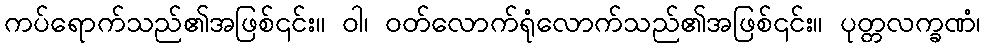
ကပ်ရောက်သည်၏အဖြစ်၎င်း။ ဝါ၊ ဝတ်လောက်ရုံလောက်သည်၏အဖြစ်၎င်း။ ပုတ္တလက္ခဏံ၊